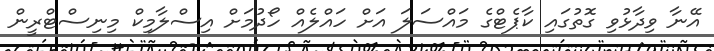
އޭނާ ވިދާޅުވި ގޮތުގައި ކާޕެޓްގެ މައްސަލަ އަށް ހައްލެއް ހޯދުމަށް އިސްލާމިކް މިނިސްޓްރީން